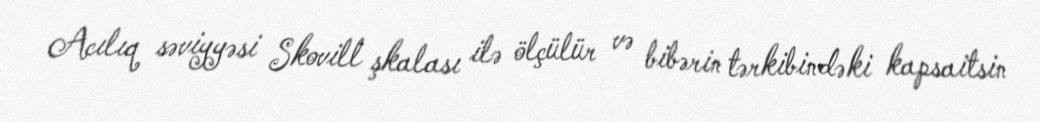
Acılıq səviyyəsi Skovill şkalası ilə ölçülür və bibərin tərkibindəki kapsaitsin